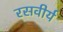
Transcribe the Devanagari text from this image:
रसवीर्य